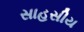
સાહસીય